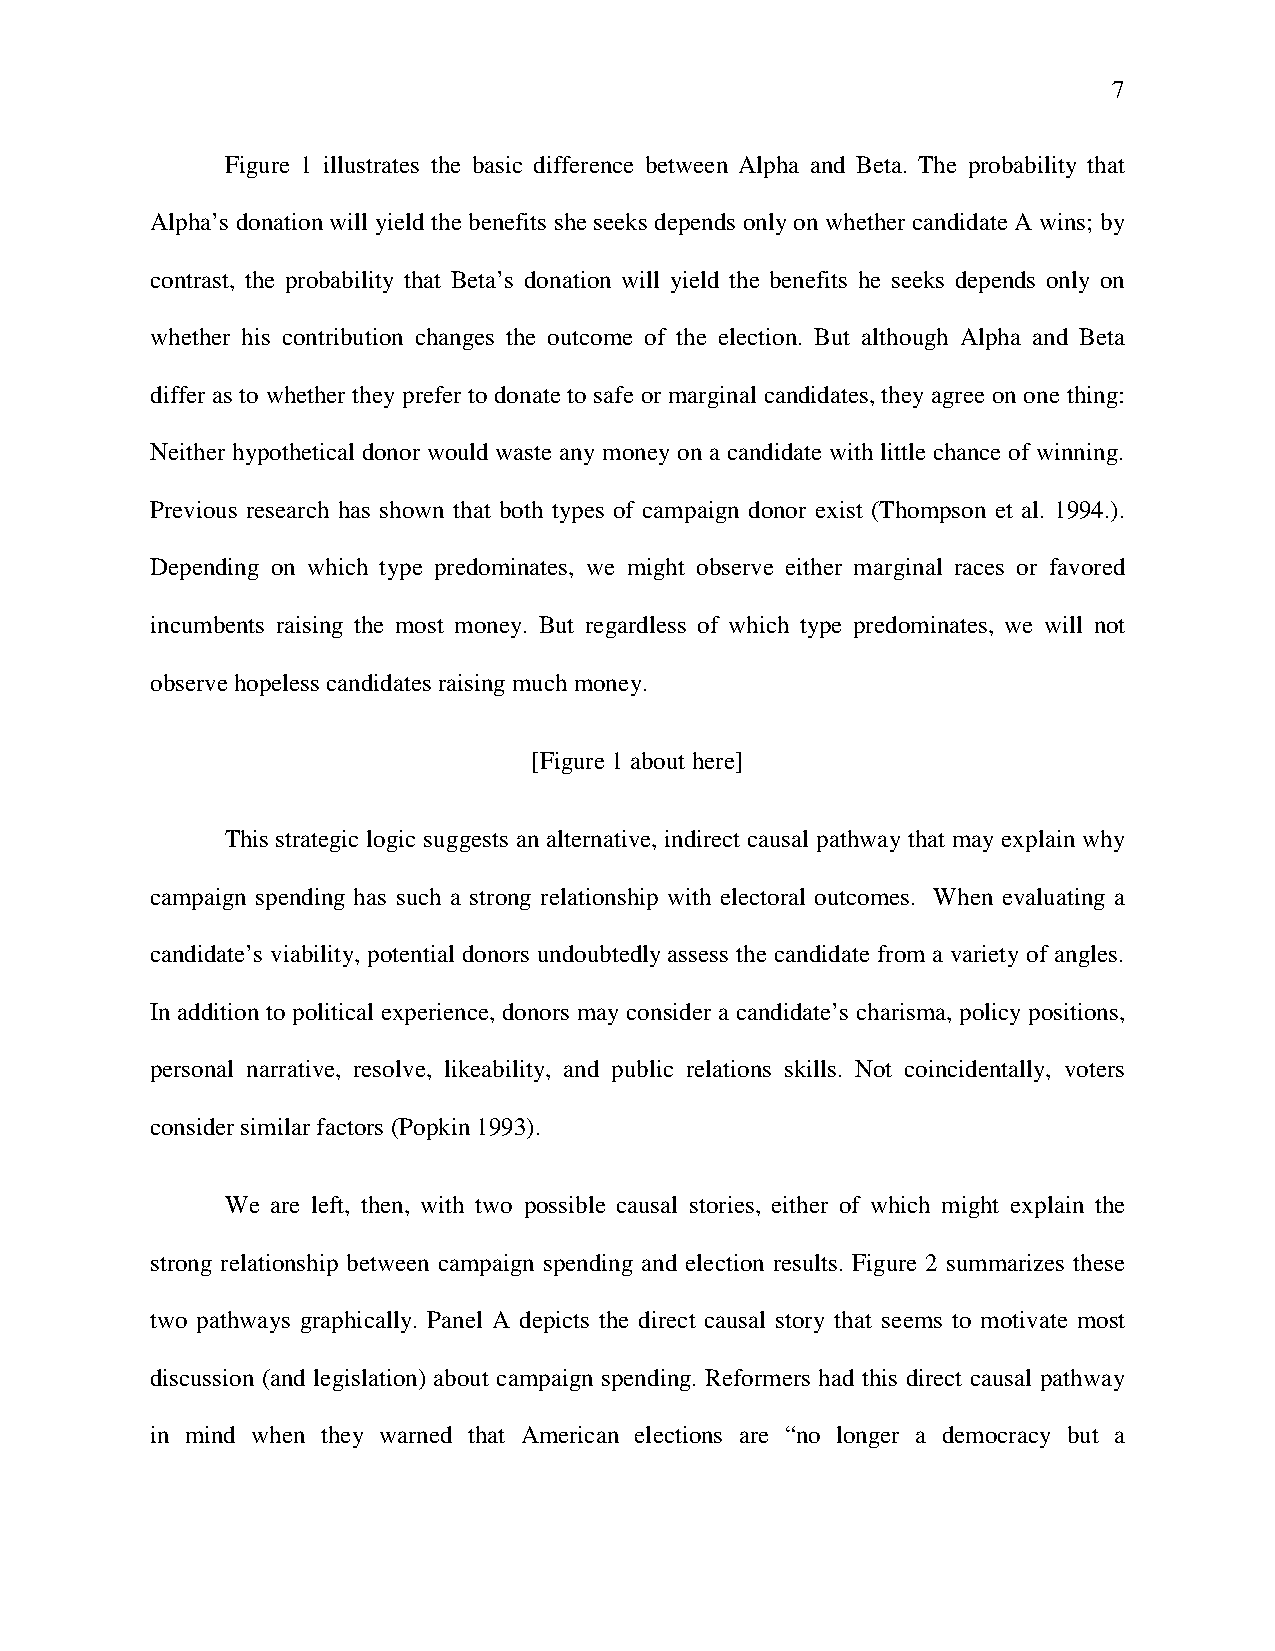
7
 Figure 1 illustrates the basic difference between Alpha and Beta. The probability that
 Alpha’s donation will yield the benefits she seeks depends only on whether candidate A wins; by
 contrast, the probability that Beta’s donation will yield the benefits he seeks depends only on
 whether his contribution changes the outcome of the election. But although Alpha and Beta
 differ as to whether they prefer to donate to safe or marginal candidates, they agree on one thing:
 Neither hypothetical donor would waste any money on a candidate with little chance of winning.
 Previous research has shown that both types of campaign donor exist (Thompson et al. 1994.).
 Depending on which type predominates, we might observe either marginal races or favored
 incumbents raising the most money. But regardless of which type predominates, we will not
 observe hopeless candidates raising much money.
 [Figure 1 about here]
 This strategic logic suggests an alternative, indirect causal pathway that may explain why
 campaign spending has such a strong relationship with electoral outcomes. When evaluating a
 candidate’s viability, potential donors undoubtedly assess the candidate from a variety of angles.
 In addition to political experience, donors may consider a candidate’s charisma, policy positions,
 personal narrative, resolve, likeability, and public relations skills. Not coincidentally, voters
 consider similar factors (Popkin 1993).
 We are left, then, with two possible causal stories, either of which might explain the
 strong relationship between campaign spending and election results. Figure 2 summarizes these
 two pathways graphically. Panel A depicts the direct causal story that seems to motivate most
 discussion (and legislation) about campaign spending. Reformers had this direct causal pathway
 in mind when they warned that American elections are “no longer a democracy but a